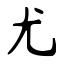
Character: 尤